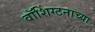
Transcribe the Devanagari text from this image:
वॉशिंग्टनाच्या